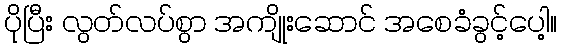
ပိုပြီး လွတ်လပ်စွာ အကျိုးဆောင် အစေခံခွင့်ပေါ့။